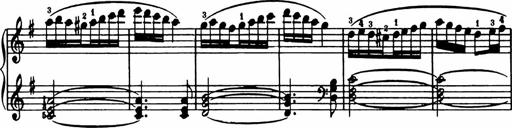
Title: Analytical Sonatinas
Composer: Frank Lynes